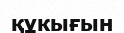
құкығын